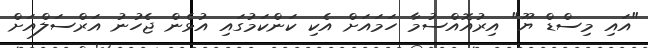
"އައި މިސްޑް ޔޫ" އިރުއޮއްސުމާ ހަމައަށް އެކި ކަންކަމުގައި އުޅެން ޖެހުނު އަރްސަލްއަށް